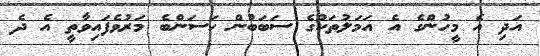
އަދި އެ މީހުންގެ އެ އަމަލުތަކުގެ ސަބަބުން ހަސަންބެ މަރުވެފައިވާތީ އެ ދެ